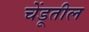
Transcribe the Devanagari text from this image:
चेंडूतील